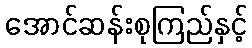
အောင်ဆန်းစုကြည်နှင့်